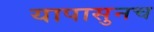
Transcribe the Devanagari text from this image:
यापासुनच